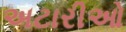
અટારીઓ